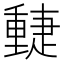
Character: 𨤴